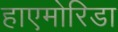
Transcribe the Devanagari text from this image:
हाएमोरिडा